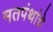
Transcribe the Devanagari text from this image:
मतपंथांचे